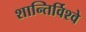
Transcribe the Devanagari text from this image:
शान्तिर्विश्वे